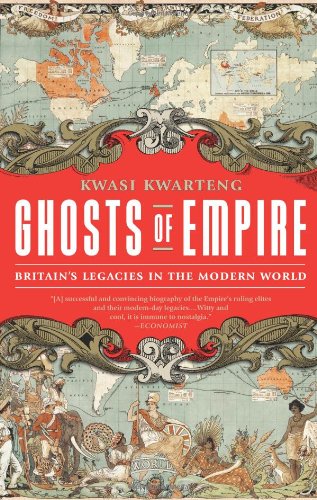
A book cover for Ghosts of Empire: Britain's Legacies in the Modern World; Kwasi Kwarteng; History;